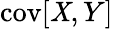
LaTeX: \operatorname{cov}[\mathit{X},Y]